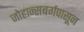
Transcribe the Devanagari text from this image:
जोहान्सबर्गपासून